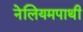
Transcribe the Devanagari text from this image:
नेलियमपाथी